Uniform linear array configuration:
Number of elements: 8
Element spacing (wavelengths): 0.25
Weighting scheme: blackman
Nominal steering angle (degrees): -15
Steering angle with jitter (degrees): -13.731
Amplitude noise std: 0.05
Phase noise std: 0.05

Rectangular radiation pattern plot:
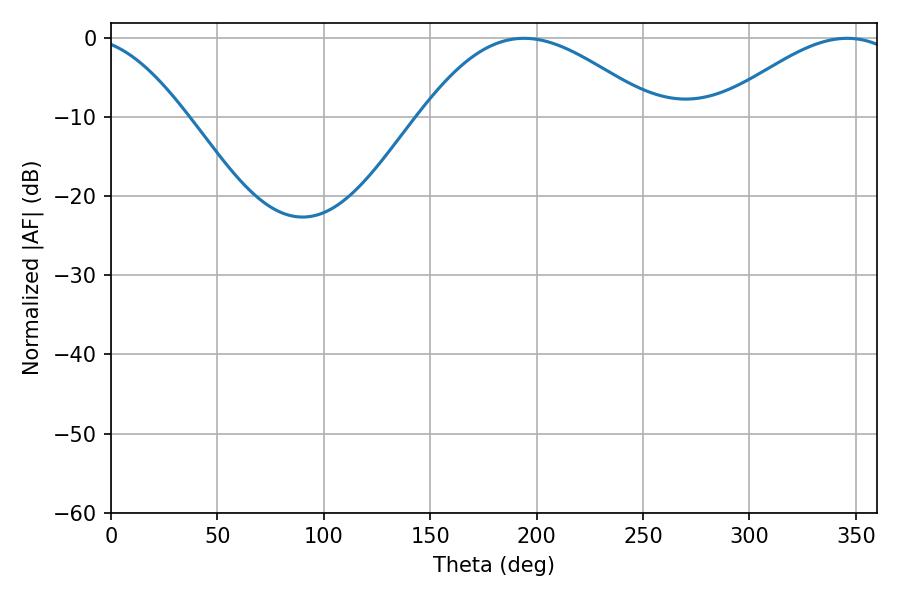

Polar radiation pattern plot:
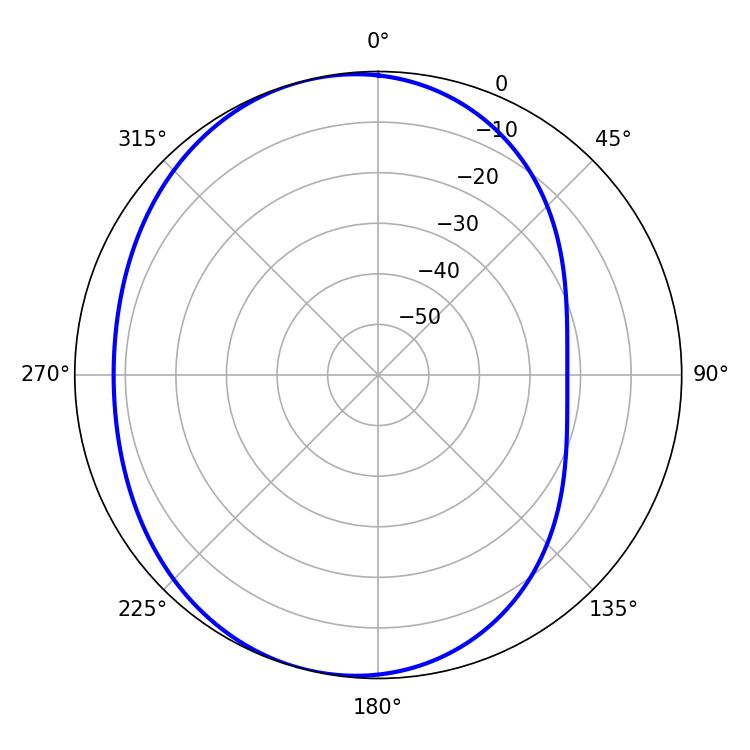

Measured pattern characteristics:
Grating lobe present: FALSE
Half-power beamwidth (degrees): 59.4
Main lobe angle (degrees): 194.04